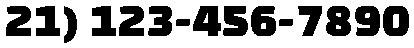
21) 123-456-7890